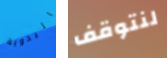
اليدوية لنتوقف